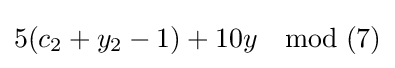
5(c_{2}+y_{2}-1)+10y\quad {\text{mod}}\;(7)